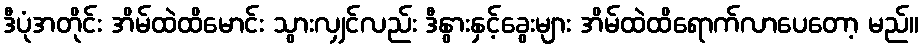
ဒီပုံအတိုင်း အိမ်ထဲထိမောင်း သွားလျှင်လည်း ဒီနွားနှင့်ခွေးများ အိမ်ထဲထိရောက်လာပေတော့ မည်။